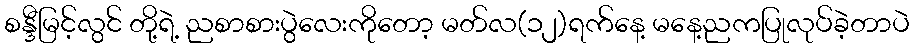
စန္ဒီမြင့်လွင် တို့ရဲ့ ညစာစားပွဲလေးကိုတော့ မတ်လ(၁၂)ရက်နေ့ မနေ့ညကပြုလုပ်ခဲ့တာပဲ